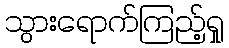
သွားရောက်ကြည့်ရှု